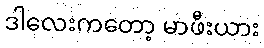
ဒါလေးကတော့ မာဖီးယား